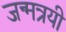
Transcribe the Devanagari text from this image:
जन्मत्रयी